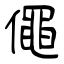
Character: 僶